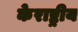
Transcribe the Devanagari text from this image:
केराष्ट्रीय